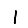
Digit: 1